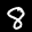
Label: 8